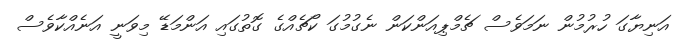
އަނިޔާގަ ހުރުމުން ނަމަވެސް ޗެމްޕިއަންކަން ނެގުމުގަ ކޯޗެއްގެ ގޮތުގައި އަންމަޑޭ މިވަނީ އަނެއްކާވެސް